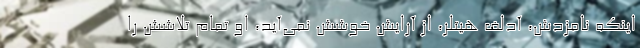
اینکه نامزدش، آدلف هیتلر، از آرایش خوشش نمی‌آید، او تمام تلاشش را